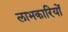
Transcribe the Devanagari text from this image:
लाभकारियों